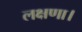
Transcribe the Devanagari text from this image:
लक्षणा।